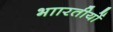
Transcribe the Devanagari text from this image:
भाारतीयों